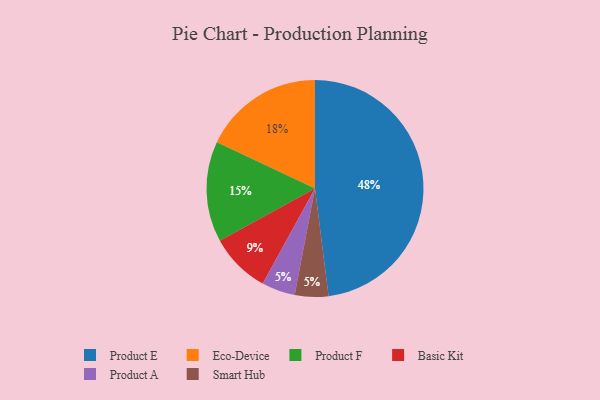
{"axis": {"x": "Category", "y": "Percentage"}, "legend": ["Basic Kit", "Eco-Device", "Product A", "Product E", "Product F", "Smart Hub"], "data": [{"x": "Product A", "y": 5, "type": "Product A"}, {"x": "Basic Kit", "y": 9, "type": "Basic Kit"}, {"x": "Product F", "y": 15, "type": "Product F"}, {"x": "Smart Hub", "y": 5, "type": "Smart Hub"}, {"x": "Product E", "y": 48, "type": "Product E"}, {"x": "Eco-Device", "y": 18, "type": "Eco-Device"}]}